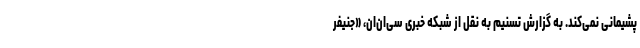
پشیمانی نمی‌کند. به گزارش تسنیم به نقل از شبکه خبری سی‌ان‌ان، «جنیفر